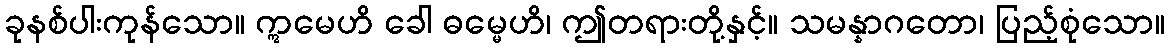
ခုနစ်ပါးကုန်သော။ ဣမေဟိ ခေါ ဓမ္မေဟိ၊ ဤတရားတို့နှင့်။ သမန္နာဂတော၊ ပြည့်စုံသော။